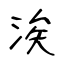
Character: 涘